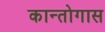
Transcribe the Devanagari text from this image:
कान्तोगास